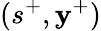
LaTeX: (s^{+},\mathbf{y}^{+})